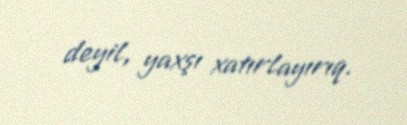
deyil, yaxşı xatırlayırıq.